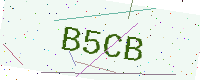
Text: B5CB